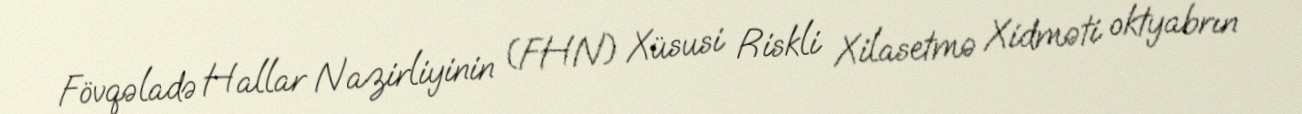
Fövqəladə Hallar Nazirliyinin (FHN) Xüsusi Riskli Xilasetmə Xidməti oktyabrın